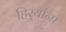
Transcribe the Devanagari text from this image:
हिर्‍यांना